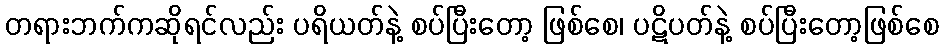
တရားဘက်ကဆိုရင်လည်း ပရိယတ်နဲ့ စပ်ပြီးတော့ ဖြစ်စေ၊ ပဋိပတ်နဲ့ စပ်ပြီးတော့ဖြစ်စေ